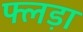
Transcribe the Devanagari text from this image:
फ्लड़ा